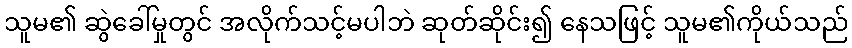
သူမ၏ ဆွဲခေါ်မှုတွင် အလိုက်သင့်မပါဘဲ ဆုတ်ဆိုင်း၍ နေသဖြင့် သူမ၏ကိုယ်သည်